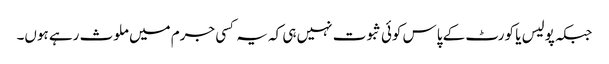
جبکہ پولیس یا کورٹ کے پاس کوئی ثبوت نہیں ہی کہ یہ کسی جرم میں ملوث رہے ہوں۔